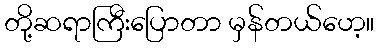
တို့ဆရာကြီးပြောတာ မှန်တယ်ဟေ့။